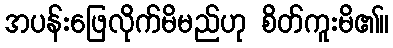
အပန်းဖြေလိုက်မိမည်ဟု စိတ်ကူးမိ၏။